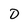
Character: D